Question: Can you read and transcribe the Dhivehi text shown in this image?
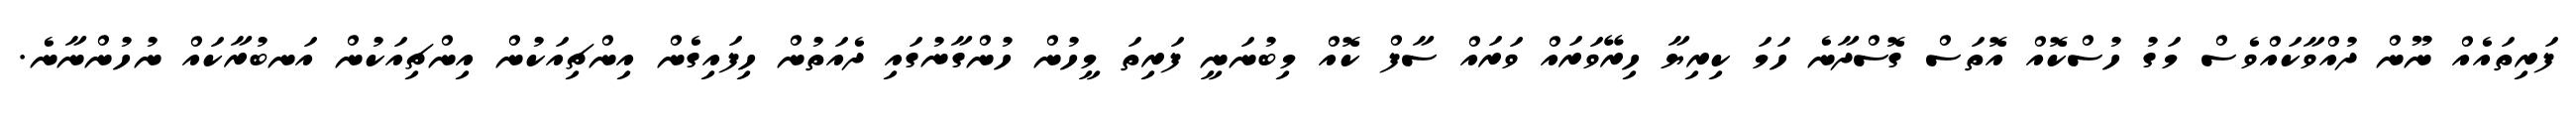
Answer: ފަރިތައެއް ނޫން ދުއްވާކައްވެސް މަގު ހުސްކޮއް އޮތަސް ގޮސްދާނެ ހަމަ ކިރިޔާ ހިރޭވަރައް ވަރައް ސާފް ކޮއް މިބުނަނީ ފަރިތަ މީހުން ހުންގާނުގައި ދެއަތުން ހިފައިގެން އިންޗިއަކުން އިންޗިއަކުން އަނބުރާކައް ނުހުންނާނެ.